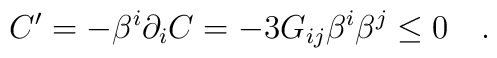
C' = - \beta^i\partial_i C = - 3 G_{ij}\beta^i\beta^j \leq 0\quad.